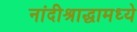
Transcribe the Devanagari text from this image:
नांदीश्राद्धामध्ये